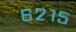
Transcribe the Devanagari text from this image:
६२१५